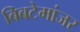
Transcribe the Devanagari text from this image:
बिबटेमांजर